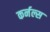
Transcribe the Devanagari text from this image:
कर्नल्स